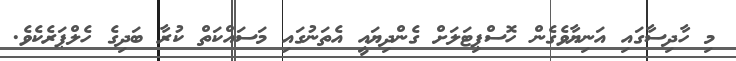
މި ހާދިސާގައި އަނިޔާވެގެން ހޮސްޕިޓަލަށް ގެންދިޔައީ އެތަނުގައި މަސައްކަތް ކުރާ ބަދިގެ ހެލްޕަރެކެވެ.